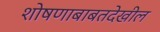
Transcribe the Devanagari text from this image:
शोषणाबाबतदेखील